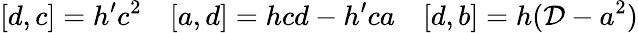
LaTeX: [d,c]=h^{\prime}c^{2}\ \ \ \ [a,d]=hcd-h^{\prime}ca\ \ \ \ [d,b]=h({\cal D}-a^{2})